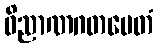
ဝိညာဏဂတမေတံ